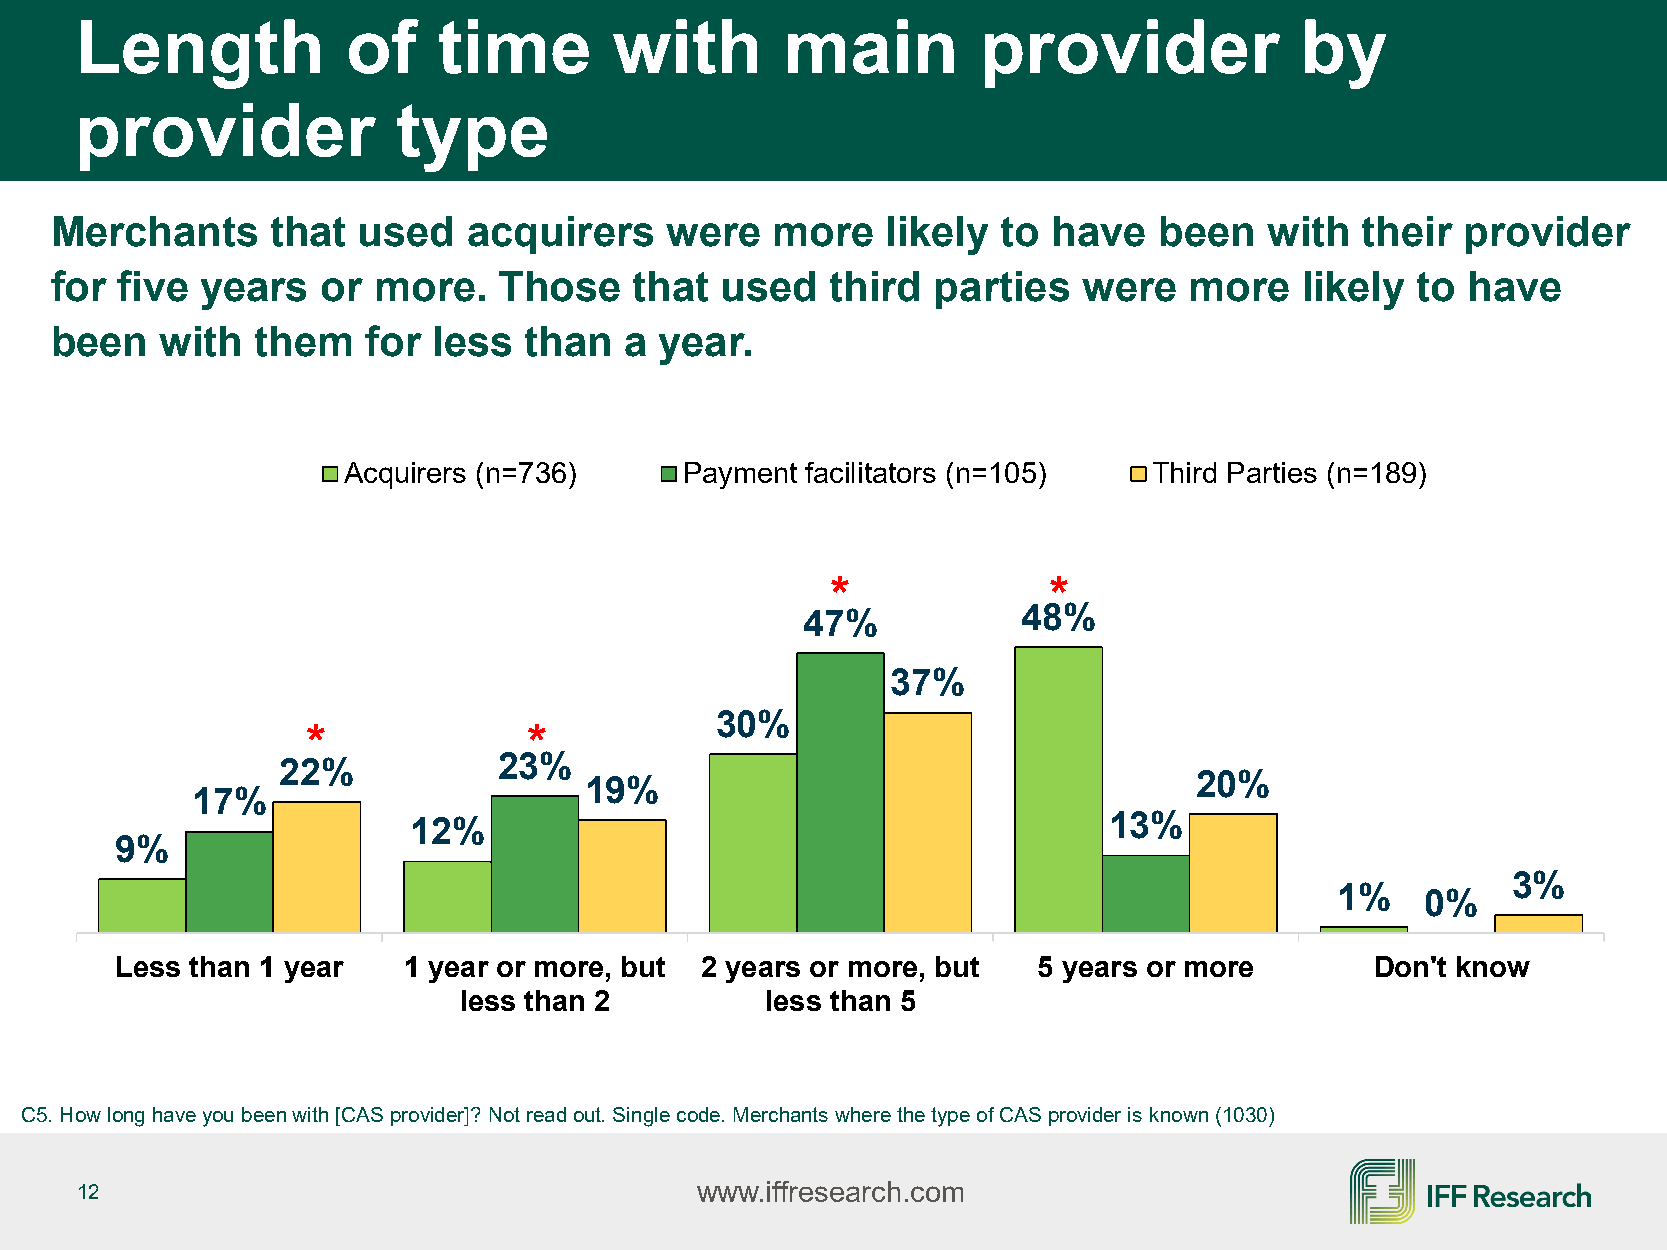
Length            of    time        with       main         provider             by
 provider             type
 Merchants      that  used   acquirers    were   more    likely to  have   been   with  their  provider
 for  five years   or  more.   Those    that  used   third  parties   were   more   likely  to have
 been    with  them   for  less  than  a  year.
 Acquirers (n=736)     Payment facilitators (n=105)   Third Parties (n=189)
 *             *
 47%            48%
 37%
 30%
 *              *
 22%            23%
 19%                                     20%
 17%
 12%                                           13%
 9%
 3%
 1%   0%
 Less than 1 year   1 year or more, but 2 years or more, but  5 years or more       Don't know
 less than 2          less than 5
 C5. How long have you been with [CAS provider]? Not read out. Single code. Merchants where the type of CAS provider is known (1030)
 12                                       www.iffresearch.com